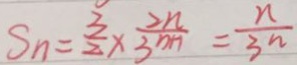
S _ { n } = \frac { 3 } { 2 } \times \frac { 2 n } { 3 ^ { n + 1 } } = \frac { n } { 3 ^ { n } }